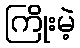
ကြိုးမဲ့